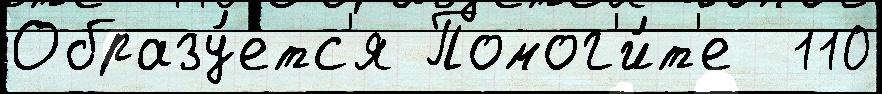
Образу́етс'я Помог'и́т'е  110